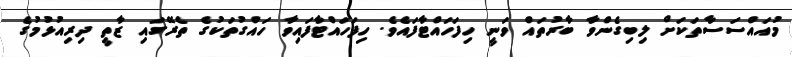
މުއައްސަސާތަކަށް ލިބިގެންވާ ބާރުތައް ވަނީ ހިފަހައްޓާފައެވެ. ހިފަހައްޓާފައިވާ ހައްގުތަކުގެ ތެރޭގައި ޒާތީ ދިރިއުޅުމުގެ